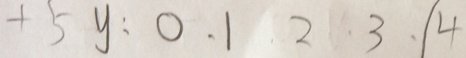
+ 5 y : 0 \cdot 1 \cdot 2 \cdot 3 \cdot / 4